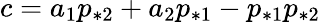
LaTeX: c=a_{1}p_{*2}+a_{2}p_{*1}-p_{*1}p_{*2}